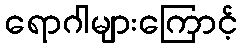
ရောဂါများကြောင့်